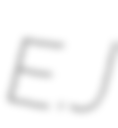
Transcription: E.J